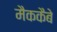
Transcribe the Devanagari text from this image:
मैककैबे